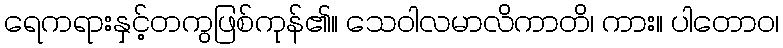
ရေကရားနှင့်တကွဖြစ်ကုန်၏။ သေဝါလမာလိကာတိ၊ ကား။ ပါတောဝ၊